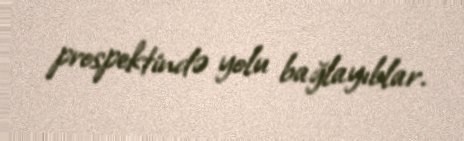
prospektində yolu bağlayıblar.